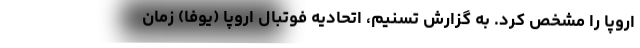
اروپا را مشخص کرد. به گزارش تسنیم، اتحادیه فوتبال اروپا (یوفا) زمان